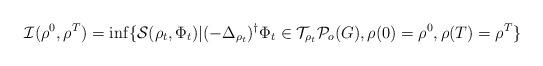
LaTeX: \begin{align*} \mathcal I(\rho^0,\rho^T)=\inf\{\mathcal S(\rho_t,\Phi_t)| (-\Delta_{\rho_t})^{\dagger}\Phi_t \in \mathcal T_{\rho_t} \mathcal P_{o}(G),\rho(0)=\rho^0, \rho(T)=\rho^T\}\end{align*}